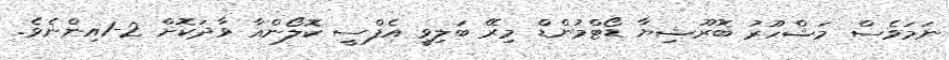
ނަމަވެސް މަޝްހޫރު ބޮރޫޝިޔާ ޑޯޓްމުންޑް މިރޭ ބަލިވީ އެފްސީ ކޮލޯންއާ ވާދަކޮށް 2-1އިންނެވެ.